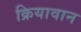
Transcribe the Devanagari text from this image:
क्रियावान